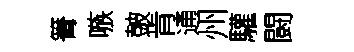
箐嗾皷肯通州驩闘